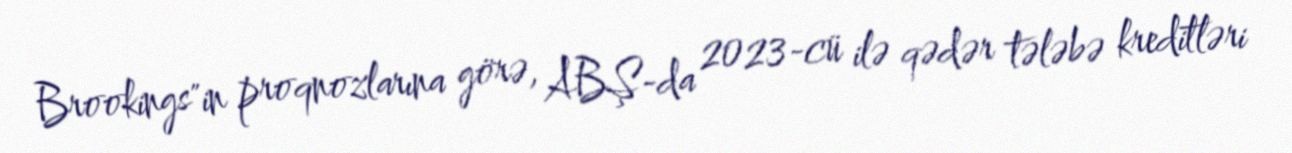
Brookings"in proqnozlarına görə, ABŞ-da 2023-cü ilə qədər tələbə kreditləri